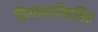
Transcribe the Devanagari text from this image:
क्रियापदविरहित